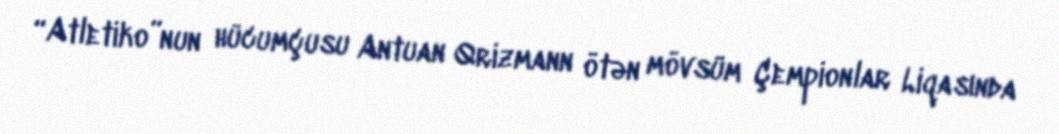
“Atletiko”nun hücumçusu Antuan Qrizmann ötən mövsüm Çempionlar Liqasında